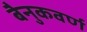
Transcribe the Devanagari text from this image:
बैनुकवर्ण